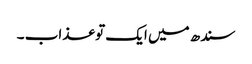
سندھ میں ایک تو عذاب ۔